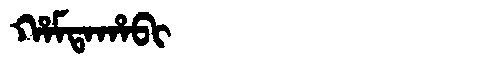
Manchu: ᡥᠠᠮᡨᠠᡥᠠᠪᡳ
Romanization: HAMTAHABI